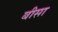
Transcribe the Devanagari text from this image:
बीसा